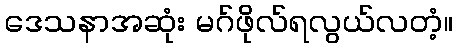
ဒေသနာအဆုံး မဂ်ဖိုလ်ရလွယ်လတံ့။